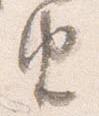
由